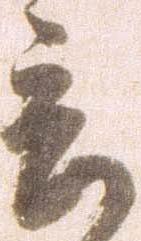
言